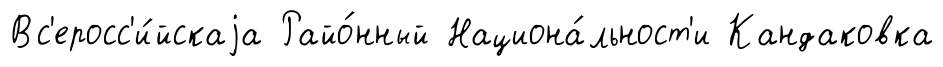
Вс'еросс'и́йскаjа Райо́нный Национа́льност'и Кандаковка